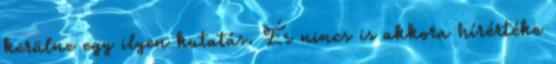
kerülne egy ilyen kutatás. És nincs is akkora hírértéke